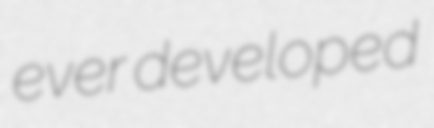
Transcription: ever developed